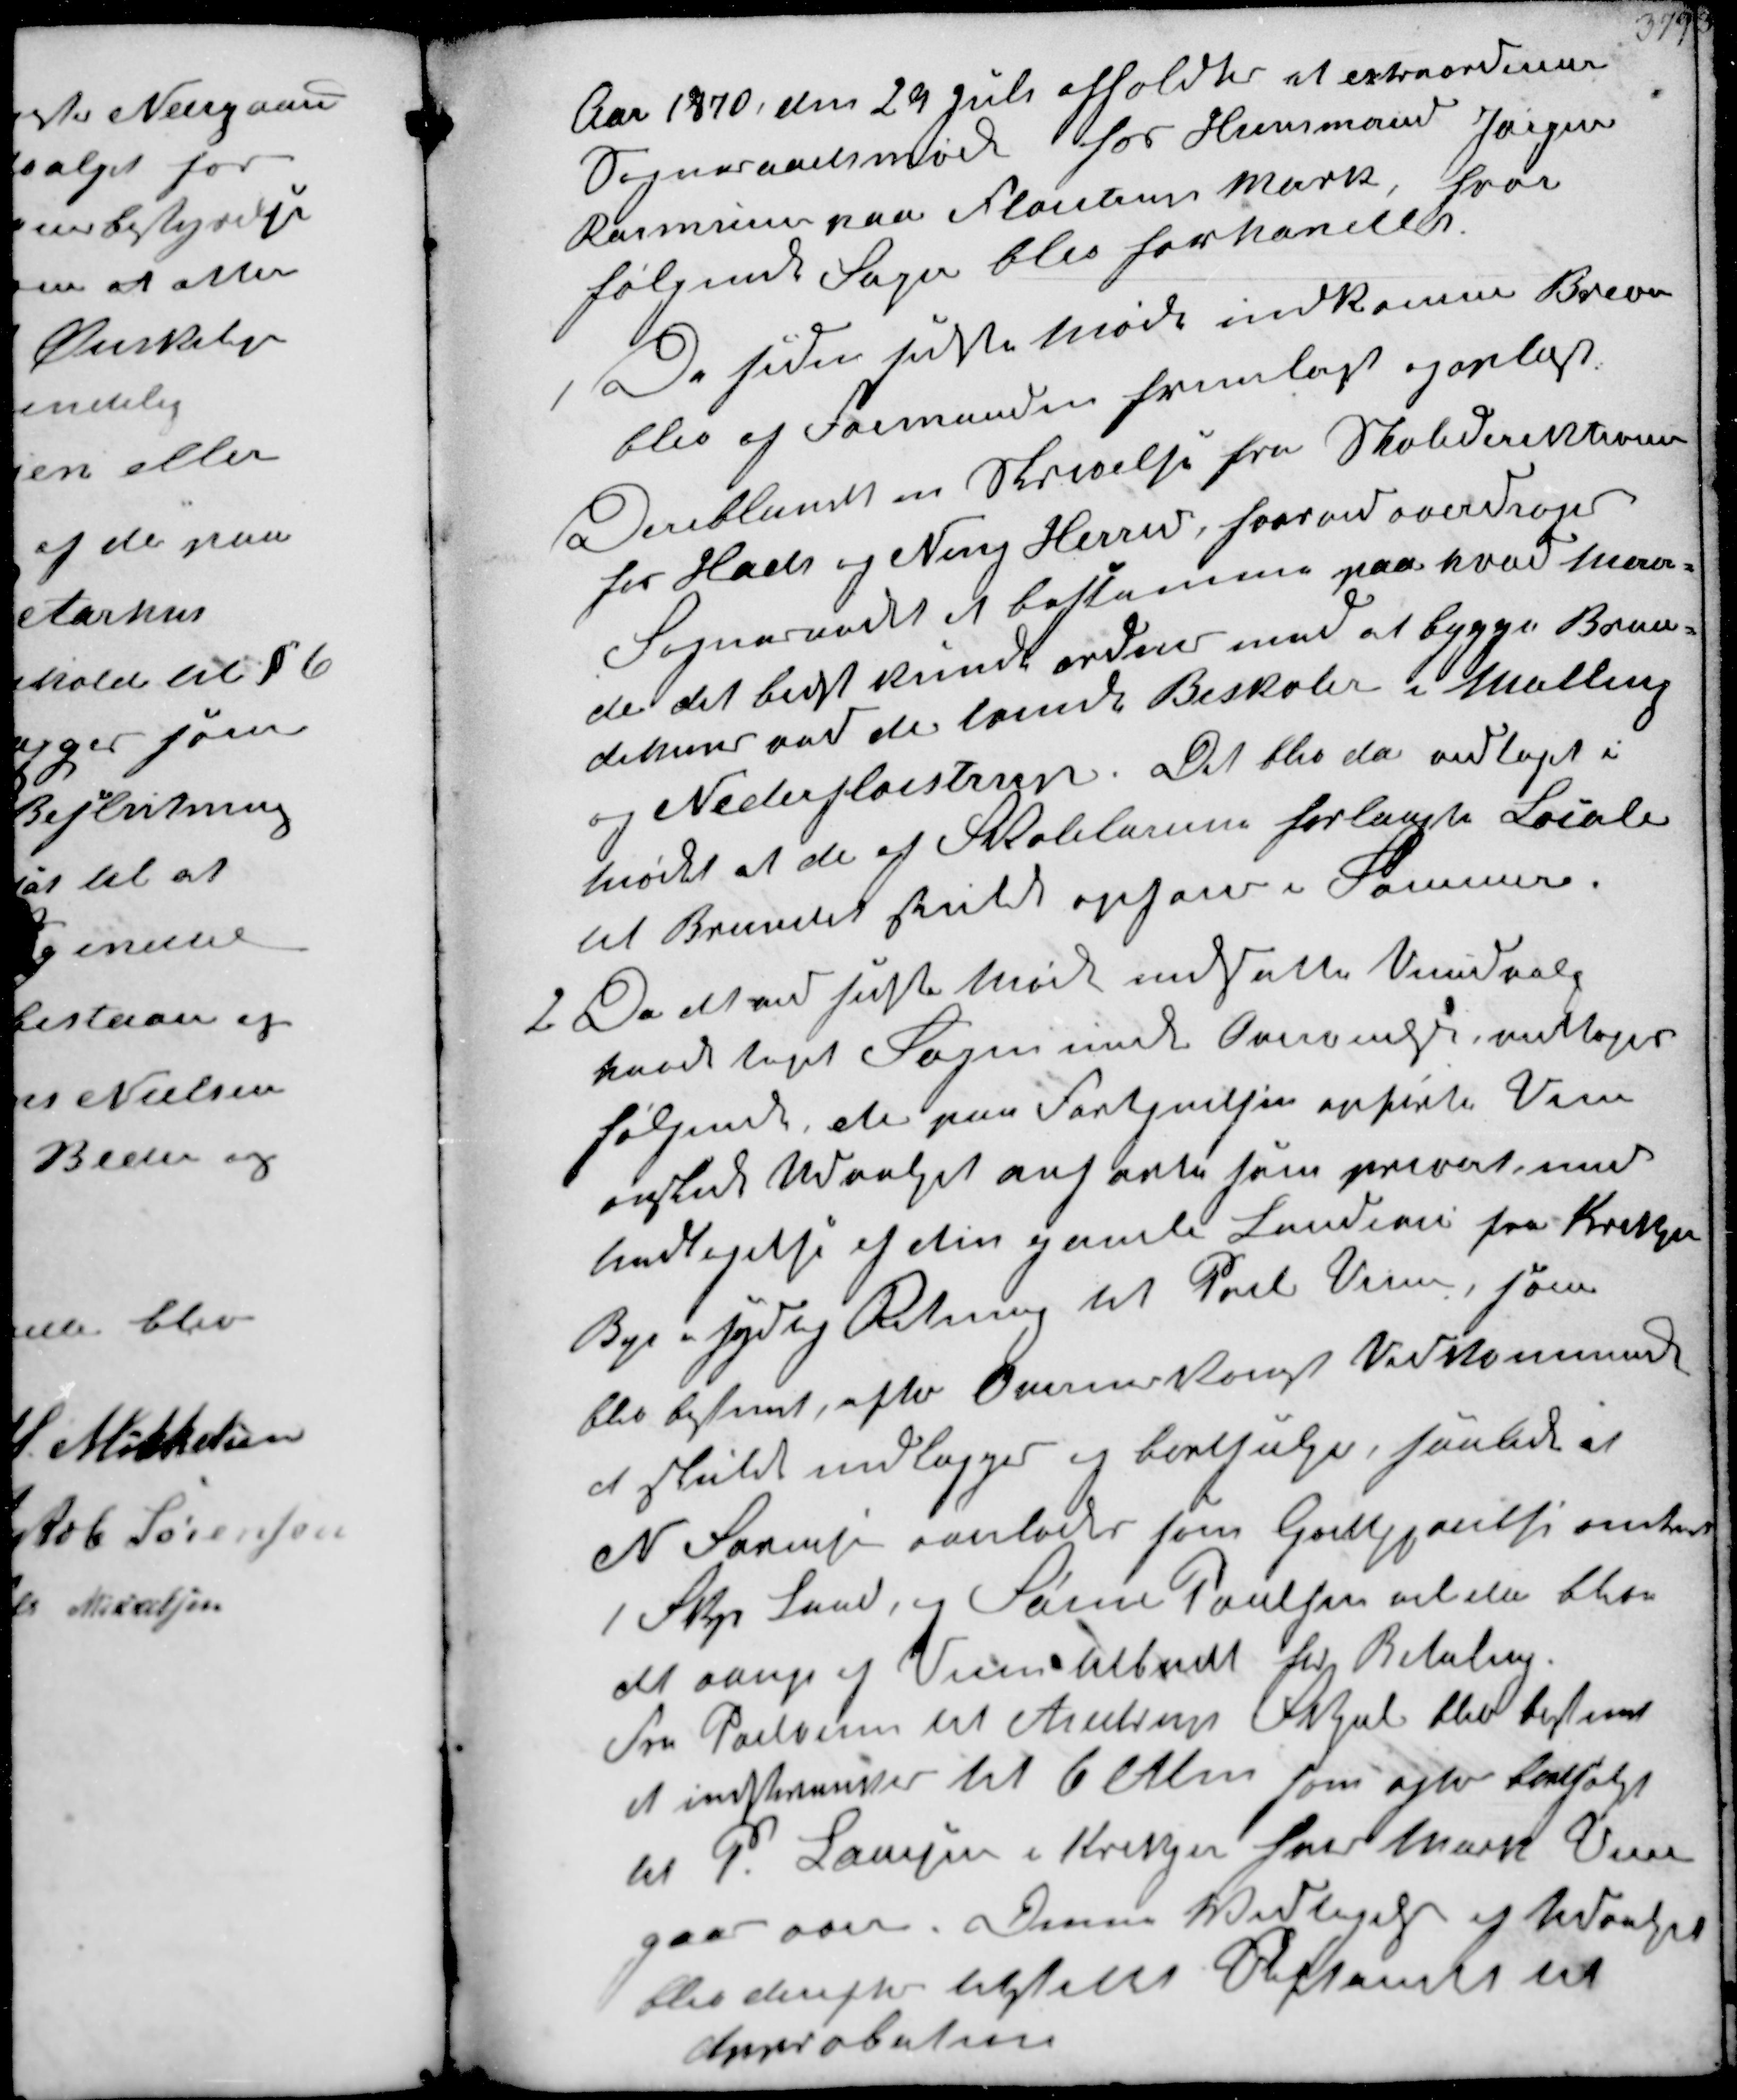
Transskription:
Aar 1870 den 29 Juli afholdtes et extraordinær
Sogneraadsmøde hos Huusmand Jørgen
Rasmusen paa Fløjstrup Mark, hvor
følgende Sager blev forhandlet
De siden sidste Møde indkomne Breve
blev af Formanden fremlagt og oplæst
Deriblandt en Skrivelse fra Skoledirektionen
for Hads og Ning Herred, hvorved overdroges
Sogneraadet at bestemme paa hvad maa-
de det bedst kunde ordnes med at bygge Bræn-
dehuus ved de lovede Biskoler i Malling
og Nederfløjstrup. Det blev da vedtaget i
Mødet at de af Skolelærerne forlangte Lokaler
til Brændet skulde opføres i Sommer

2
Da det ved sidste Møde nedsatte Vejudvalg
haver taget Sagen under Overvejelse vedtoges
følgende, de paa Fortegnelsen anførte Veie
ønskede Udvalget anførte som privat med
Undtagelse af den gamle Landevej fra Krekjær
By i sydlig Retning til Pøel Vejen, som
blev bestemt, efter Overenskomst Vedkommende
at skulde nedlægges og bortsælges, saalede at
N Sørensen overlader som Godtgjørelse omtrent
1 Skp Land, og Søren Poulsen vilde bliv
det øvrige af Vejen tilbudt for Betaling
Fra Pøelvejen til Ajstrup Skjel blev bestemt
at indskrænkes til 6 Alen som efter bortsolgt
til P Laursen i Krekjer hvor Mark Vejen
gaar over. Denne Vedtagelse af Udvalget
blev derefter tilstillet Stiftamtet til
Approbation